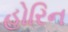
હોરિન